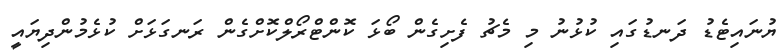
ޔުނައިޓެޑު ދަނޑުގައި ކުޅުނު މި މެޗު ފެށިގެން ބޯޅަ ކޮންޓްރޯލްކޮށްގެން ރަނގަޅަށް ކުޅެމުންދިޔައީ